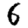
Digit: 6